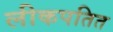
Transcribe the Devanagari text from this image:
लीकपतित